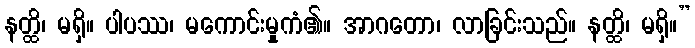
နတ္ထိ၊ မရှိ။ ပါပဿ၊ မကောင်းမှုကံ၏။ အာဂတော၊ လာခြင်းသည်။ နတ္ထိ၊ မရှိ။”